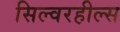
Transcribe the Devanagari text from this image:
सिल्वरहील्स